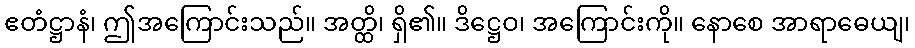
ဧတံဋ္ဌာနံ၊ ဤအကြောင်းသည်။ အတ္ထိ၊ ရှိ၏။ ဒိဋ္ဌေဝ၊ အကြောင်းကို။ နောစေ အာရာဓေယျ၊